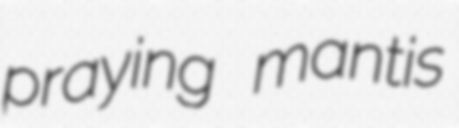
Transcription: praying mantis